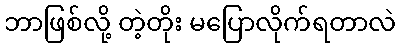
ဘာဖြစ်လို့ တဲ့တိုး မပြောလိုက်ရတာလဲ